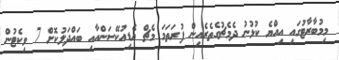
މިމުބާރާޓުގައި އިއްޔެ ކުޅުނު ދެމެޗުގެތެރެއިން ފުރަތަމަ މެޗް އެޑިއުކޭސަންއާއި ބައްދަލުކޮށް 7 ވިކެޓުން